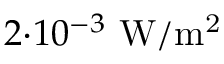
2 { \cdot } 1 0 ^ { - 3 } \ \mathrm { W / m ^ { 2 } }